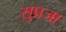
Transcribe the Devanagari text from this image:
सुप्रजा